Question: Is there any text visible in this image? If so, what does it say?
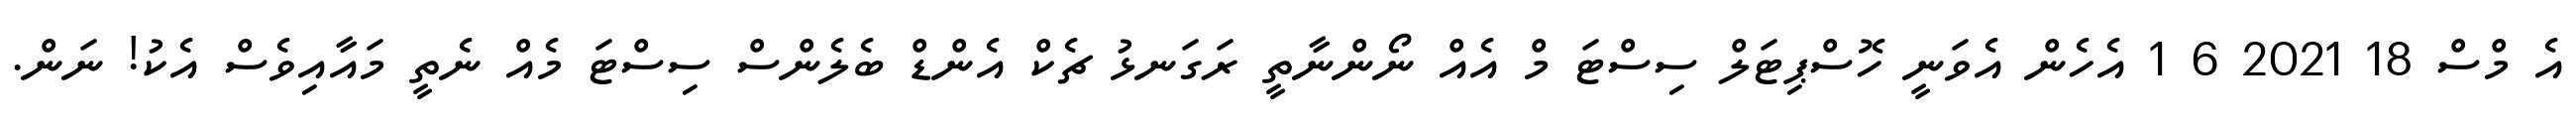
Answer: އެ މްސް 18 2021 6 1 އެހެން އެވަނީ ހޮސްޕިޓަލް ސިސްޓަ މް އެއް ނޯންނާތީ ރަގަނޅު ޗެކް އެންޑް ބެލެންސް ސިސްޓަ މެއް ނެތީ މައާއިވެސް އެކު! ނަން.